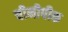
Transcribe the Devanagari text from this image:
चीनीपीक